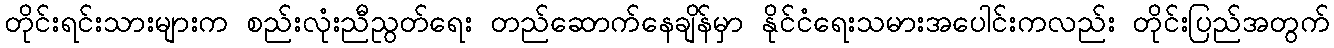
တိုင်းရင်းသားများက စည်းလုံးညီညွတ်ရေး တည်ဆောက်နေချိန်မှာ နိုင်ငံရေးသမားအပေါင်းကလည်း တိုင်းပြည်အတွက်